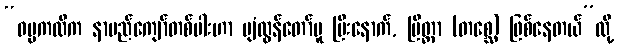
“ဓမ္မကထိက နာမည်ကျော်တစ်ပါးဟာ ပျံလွန်တော်မူ ပြီးနောက်, ပြိတ္တာ (တစ္ဆေ) ဖြစ်နေတယ်”လို့